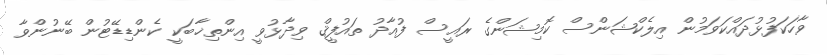
ވާހަކަފުޅުދައްކަވަމުން އިލެކްޝަންސް ކޮމިޝަންގެ ރައީސް ފުއާދު ތައުފީޤް ވިދާޅުވީ އިންތިޚާބަކީ ކެންޑިޑޭޓުން ބޭނުންވާ